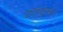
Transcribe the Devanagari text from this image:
उपगटांच्या